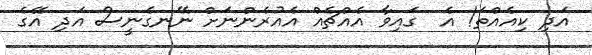
އަދި ކިއެއްތަ! އެ  ގައިވާ އެއްޗެއް އެއުރެންނަށް ނޭނގެނީސް އަދި އޭގެ